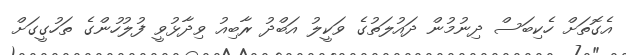
އެގޮތަށް ހެކިބަސް ދިނުމުން ދައުލަތުގެ ވަކީލު އަބްދު ރާބިއު ވިދާޅުވީ ފުލުހުންގެ ތަހުގީގަށް